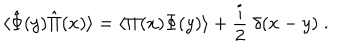
LaTeX: \langle \hat { \Phi } ( y ) \hat { \Pi } ( x ) \rangle = \langle \Pi ( x ) \Phi ( y ) \rangle + { \frac { i } { 2 } } \; \delta ( x - y ) \; .